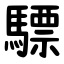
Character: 驃